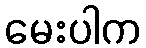
မေးပါက